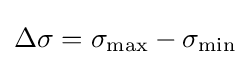
\Delta \sigma =\sigma _{\mathrm {max} }-\sigma _{\mathrm {min} }